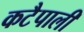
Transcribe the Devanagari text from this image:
कटैपाली